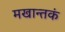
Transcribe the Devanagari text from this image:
मखान्तकं